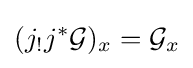
(j_{!}j^{*}{\mathcal {G}})_{x}={\mathcal {G}}_{x}